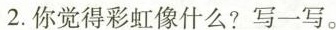
2.你觉得彩虹像什么？写一写。